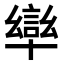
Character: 𭅩